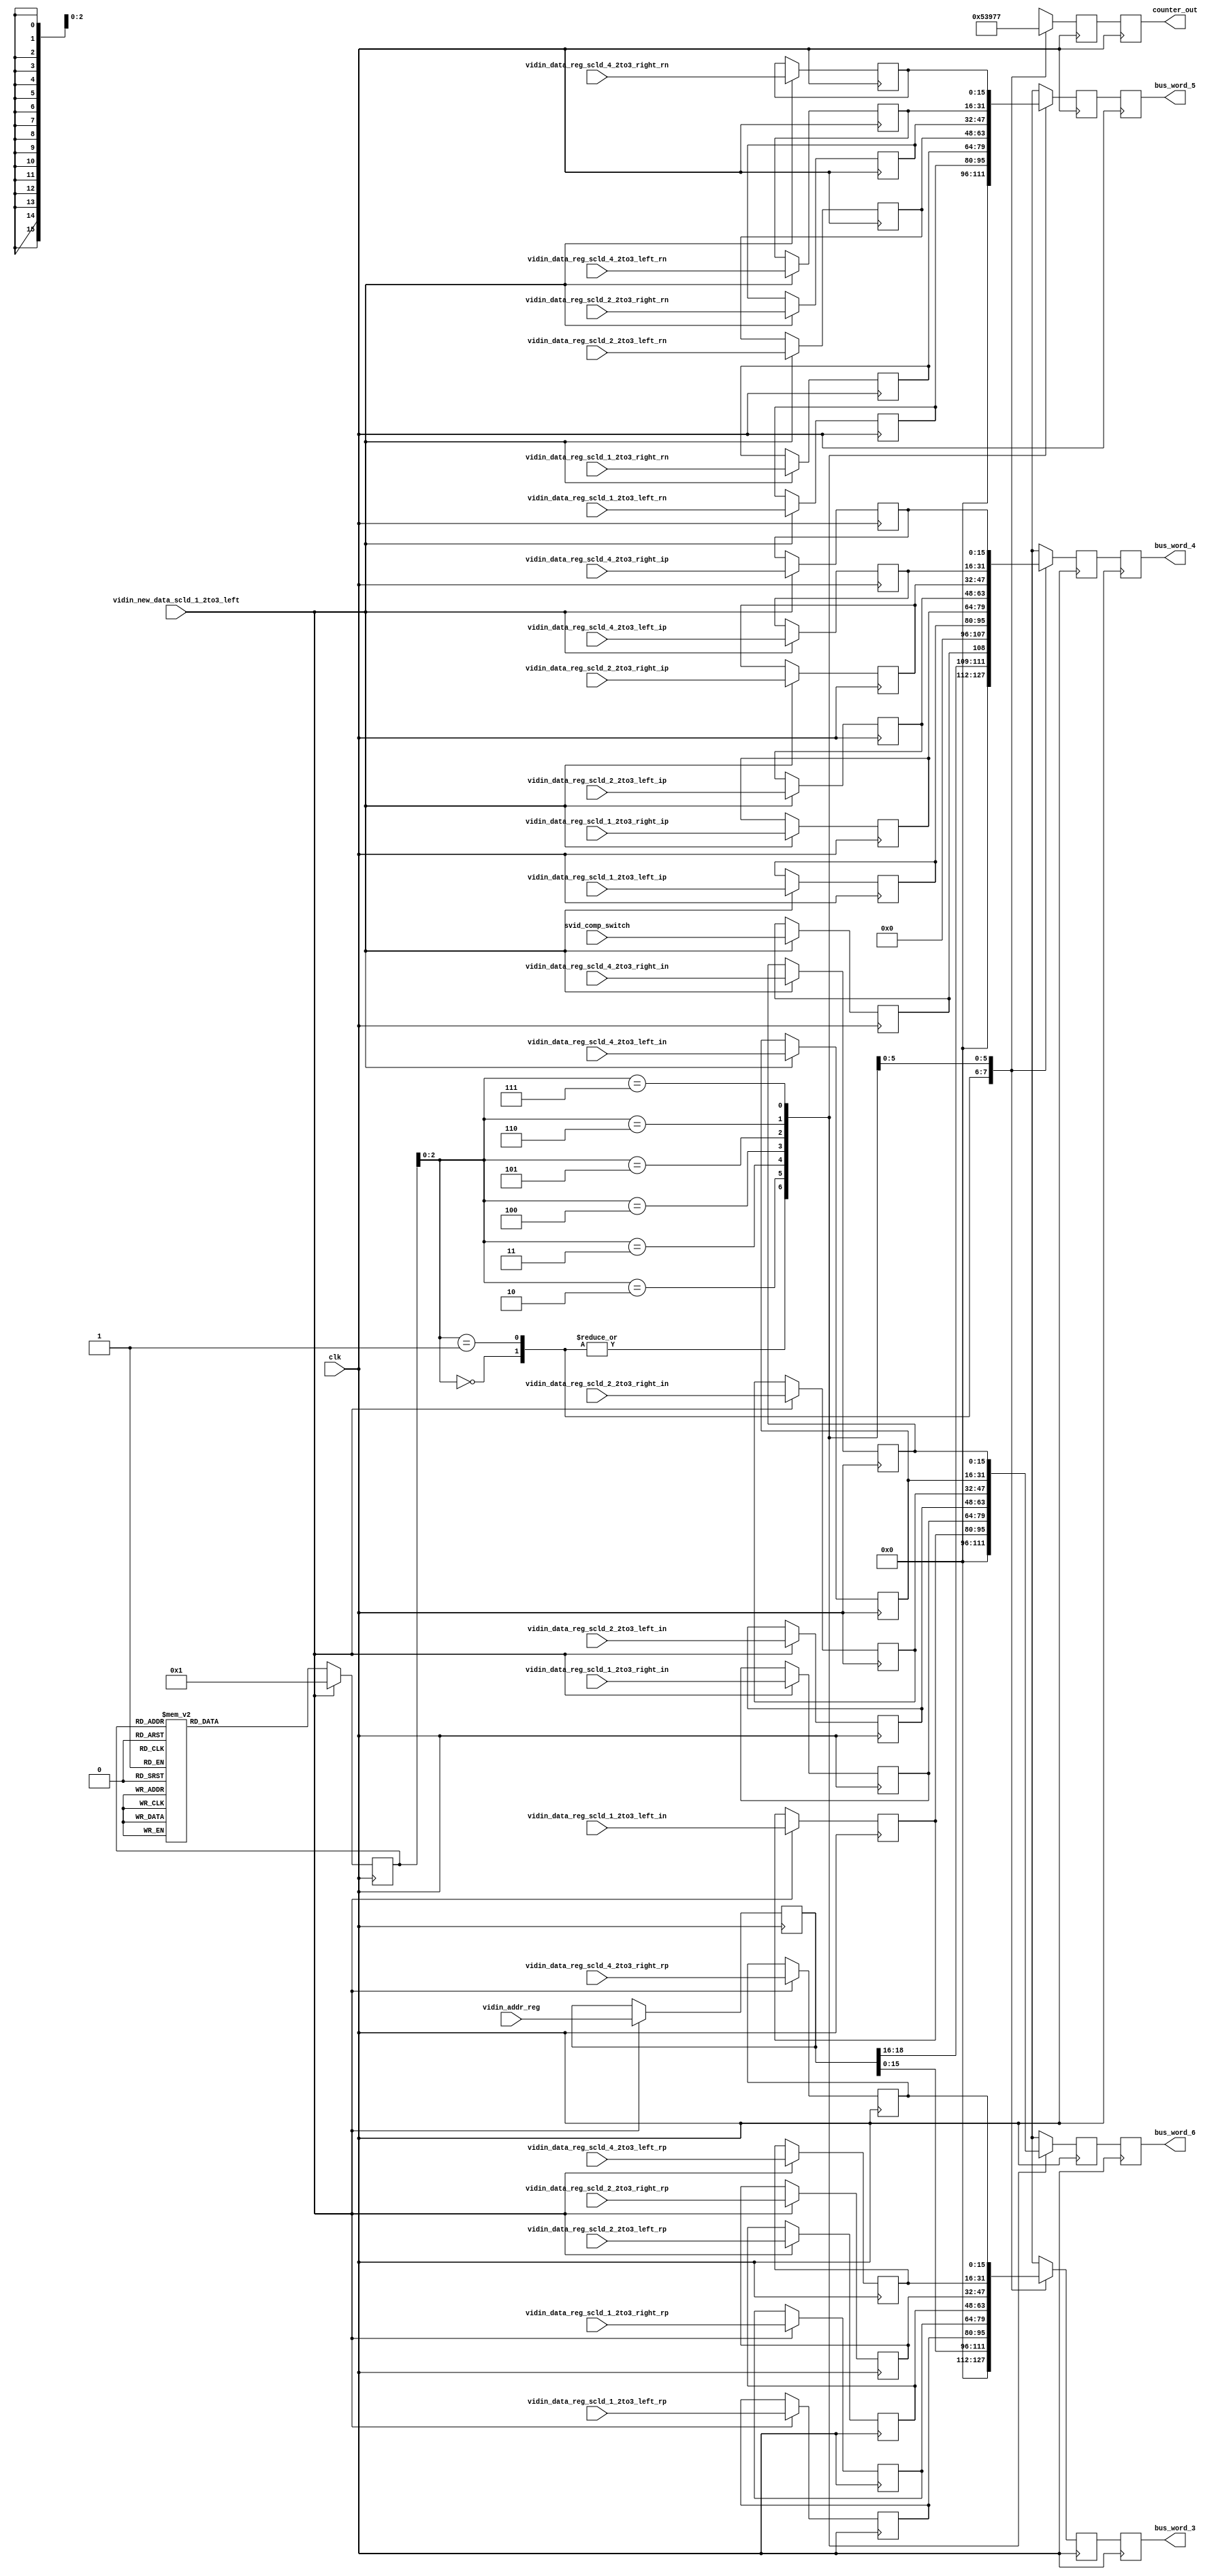
	`define WIDTH_4B 4'b1000
`define COEF0_b  29
	`define COEF1_b  101
//	`define COEF2_b  -15
//	`define COEF3_b  -235
//	`define COEF4_b  -15
	`define COEF2_b  15
	`define COEF3_b  235
	`define COEF4_b  15
	`define COEF5_b  101
	`define COEF6_b  29
	`define WIDTH_5B 5'b10000
	`define COEF0_c  4
	`define COEF1_c  42
	`define COEF2_c  163
	`define COEF3_c  255
	`define COEF4_c  163
	`define COEF5_c  42
	`define COEF6_c  4
//	`define COEF0_d  -12
//	`define COEF1_d  -77
//	`define COEF2_d  -148
	`define COEF0_d  12
	`define COEF1_d  77
	`define COEF2_d  148
	`define COEF3_d  0
	`define COEF4_d  148
	`define COEF5_d  77
	`define COEF6_d  12
	`define COEF0_1  15
//`define COEF0_1  -15
	`define COEF1_1  25
	`define COEF2_1  193
	`define COEF3_1  0
//	`define COEF4_1  -193
//	`define COEF5_1  -25
	`define COEF4_1  193
	`define COEF5_1  25
	`define COEF6_1  15
	`define COEF0_2  4
	`define COEF1_2  42
	`define COEF2_2  163
	`define COEF3_2  255
	`define COEF4_2  163
	`define COEF5_2  42
	`define COEF6_2  4
//	`define COEF0_3  -9
//	`define COEF1_3  -56
//	`define COEF2_3  -109
	`define COEF0_3  9
	`define COEF1_3  56
	`define COEF2_3  109
	`define COEF3_3  0
	`define COEF4_3  109
	`define COEF5_3  56
	`define COEF6_3  9
//	`define COEF0_4  -9
//	`define COEF1_4  -56
//	`define COEF2_4  -109
	`define COEF0_4  9
	`define COEF1_4  56
	`define COEF2_4  109
	`define COEF3_4  0
	`define COEF4_4  109
	`define COEF5_4  56
	`define COEF6_4  9

module port_bus_2to1 (clk, vidin_addr_reg, svid_comp_switch, vidin_new_data_scld_1_2to3_left, 
					vidin_data_reg_scld_1_2to3_left_rp, vidin_data_reg_scld_1_2to3_left_ip, 
					vidin_data_reg_scld_1_2to3_left_rn, vidin_data_reg_scld_1_2to3_left_in, 
					vidin_data_reg_scld_2_2to3_left_rp, vidin_data_reg_scld_2_2to3_left_ip, 
					vidin_data_reg_scld_2_2to3_left_rn, vidin_data_reg_scld_2_2to3_left_in, 
					vidin_data_reg_scld_4_2to3_left_rp, vidin_data_reg_scld_4_2to3_left_ip, 
					vidin_data_reg_scld_4_2to3_left_rn, vidin_data_reg_scld_4_2to3_left_in, 
					vidin_data_reg_scld_1_2to3_right_rp, vidin_data_reg_scld_1_2to3_right_ip, 
					vidin_data_reg_scld_1_2to3_right_rn, vidin_data_reg_scld_1_2to3_right_in, 
					vidin_data_reg_scld_2_2to3_right_rp, vidin_data_reg_scld_2_2to3_right_ip, 
					vidin_data_reg_scld_2_2to3_right_rn, vidin_data_reg_scld_2_2to3_right_in, 
					vidin_data_reg_scld_4_2to3_right_rp, vidin_data_reg_scld_4_2to3_right_ip, 
					vidin_data_reg_scld_4_2to3_right_rn, vidin_data_reg_scld_4_2to3_right_in, 
					bus_word_3, bus_word_4, bus_word_5, bus_word_6, counter_out); 
   input clk; 
   input[18:0] vidin_addr_reg; 
   input svid_comp_switch; 
   input vidin_new_data_scld_1_2to3_left; 
   input[15:0] vidin_data_reg_scld_1_2to3_left_rp; 
   input[15:0] vidin_data_reg_scld_1_2to3_left_ip; 
   input[15:0] vidin_data_reg_scld_1_2to3_left_rn; 
   input[15:0] vidin_data_reg_scld_1_2to3_left_in; 
   input[15:0] vidin_data_reg_scld_2_2to3_left_rp; 
   input[15:0] vidin_data_reg_scld_2_2to3_left_ip; 
   input[15:0] vidin_data_reg_scld_2_2to3_left_rn; 
   input[15:0] vidin_data_reg_scld_2_2to3_left_in; 
   input[15:0] vidin_data_reg_scld_4_2to3_left_rp; 
   input[15:0] vidin_data_reg_scld_4_2to3_left_ip; 
   input[15:0] vidin_data_reg_scld_4_2to3_left_rn; 
   input[15:0] vidin_data_reg_scld_4_2to3_left_in; 
   input[15:0] vidin_data_reg_scld_1_2to3_right_rp; 
   input[15:0] vidin_data_reg_scld_1_2to3_right_ip; 
   input[15:0] vidin_data_reg_scld_1_2to3_right_rn; 
   input[15:0] vidin_data_reg_scld_1_2to3_right_in; 
   input[15:0] vidin_data_reg_scld_2_2to3_right_rp; 
   input[15:0] vidin_data_reg_scld_2_2to3_right_ip; 
   input[15:0] vidin_data_reg_scld_2_2to3_right_rn; 
   input[15:0] vidin_data_reg_scld_2_2to3_right_in; 
   input[15:0] vidin_data_reg_scld_4_2to3_right_rp; 
   input[15:0] vidin_data_reg_scld_4_2to3_right_ip; 
   input[15:0] vidin_data_reg_scld_4_2to3_right_rn; 
   input[15:0] vidin_data_reg_scld_4_2to3_right_in; 
   output[15:0] bus_word_3; 
   reg[15:0] bus_word_3;
   output[15:0] bus_word_4; 
   reg[15:0] bus_word_4;
   output[15:0] bus_word_5; 
   reg[15:0] bus_word_5;
   output[15:0] bus_word_6; 
   reg[15:0] bus_word_6;
   output[2:0] counter_out; 
   reg[2:0] counter_out;

   reg[15:0] bus_word_3_tmp; 
   reg[15:0] bus_word_4_tmp; 
   reg[15:0] bus_word_5_tmp; 
   reg[15:0] bus_word_6_tmp; 
   reg[18:0] vidin_addr_reg_tmp; 
   reg svid_comp_switch_tmp; 
   wire vidin_new_data_scld_1_2to3_left_tmp; 
   wire vidin_new_data_scld_2_2to3_left_tmp; 
   wire vidin_new_data_scld_4_2to3_left_tmp; 
   wire vidin_new_data_scld_1_2to3_right_tmp; 
   wire vidin_new_data_scld_2_2to3_right_tmp; 
   wire vidin_new_data_scld_4_2to3_right_tmp; 
   reg[3:0] counter; 
   reg[2:0] counter_out_tmp; 

   reg[15:0] vidin_data_reg_scld_1_2to3_left_rp_tmp; 
   reg[15:0] vidin_data_reg_scld_2_2to3_left_rp_tmp; 
   reg[15:0] vidin_data_reg_scld_4_2to3_left_rp_tmp; 
   reg[15:0] vidin_data_reg_scld_1_2to3_right_rp_tmp; 
   reg[15:0] vidin_data_reg_scld_2_2to3_right_rp_tmp; 
   reg[15:0] vidin_data_reg_scld_4_2to3_right_rp_tmp; 
   reg[15:0] vidin_data_reg_scld_1_2to3_left_ip_tmp; 
   reg[15:0] vidin_data_reg_scld_2_2to3_left_ip_tmp; 
   reg[15:0] vidin_data_reg_scld_4_2to3_left_ip_tmp; 
   reg[15:0] vidin_data_reg_scld_1_2to3_right_ip_tmp; 
   reg[15:0] vidin_data_reg_scld_2_2to3_right_ip_tmp; 
   reg[15:0] vidin_data_reg_scld_4_2to3_right_ip_tmp; 
   reg[15:0] vidin_data_reg_scld_1_2to3_left_rn_tmp; 
   reg[15:0] vidin_data_reg_scld_2_2to3_left_rn_tmp; 
   reg[15:0] vidin_data_reg_scld_4_2to3_left_rn_tmp; 
   reg[15:0] vidin_data_reg_scld_1_2to3_right_rn_tmp; 
   reg[15:0] vidin_data_reg_scld_2_2to3_right_rn_tmp; 
   reg[15:0] vidin_data_reg_scld_4_2to3_right_rn_tmp; 
   reg[15:0] vidin_data_reg_scld_1_2to3_left_in_tmp; 
   reg[15:0] vidin_data_reg_scld_2_2to3_left_in_tmp; 
   reg[15:0] vidin_data_reg_scld_4_2to3_left_in_tmp; 
   reg[15:0] vidin_data_reg_scld_1_2to3_right_in_tmp; 
   reg[15:0] vidin_data_reg_scld_2_2to3_right_in_tmp; 
   reg[15:0] vidin_data_reg_scld_4_2to3_right_in_tmp; 

   always @(posedge clk)
   begin
         if (vidin_new_data_scld_1_2to3_left == 1'b1)
         begin
            counter <= 4'b0001 ; 
         end
         else
         begin
            case (counter)
               4'b0000 :
                        begin
                           counter <= 4'b1000 ; 
                        end
               4'b0001 :
                        begin
                           counter <= 4'b0010 ; 
                        end
               4'b0010 :
                        begin
                           counter <= 4'b0011 ; 
                        end
               4'b0011 :
                        begin
                           counter <= 4'b0100 ; 
                        end
               4'b0100 :
                        begin
                           counter <= 4'b0101 ; 
                        end
               4'b0101 :
                        begin
                           counter <= 4'b0110 ; 
                        end
               4'b0110 :
                        begin
                           counter <= 4'b0111 ; 
                        end
               4'b0111 :
                        begin
                           counter <= 4'b1000 ; 
                        end
               4'b1000 :
                        begin
                           counter <= 4'b1000 ; 
                        end
               default :
                        begin
                           counter <= 4'b1000 ; 
                        end
            endcase 
         end 
   end 

   always @(posedge clk)
   begin
         case (counter[2:0])
            3'b000 :
                     begin
                        counter_out_tmp <= 3'b000 ; 
                        bus_word_3_tmp <= 16'b0000000000000000 ; 
                        bus_word_4_tmp <= 16'b0000000000000000 ; 
                        bus_word_5_tmp <= 16'b0000000000000000 ; 
                        bus_word_6_tmp <= 16'b0000000000000000 ; 
                     end
            3'b001 :
                     begin
                        counter_out_tmp <= 3'b001 ; 
                        bus_word_3_tmp <= vidin_addr_reg_tmp[15:0] ; 
                        bus_word_4_tmp <= {vidin_addr_reg_tmp[18:16], svid_comp_switch_tmp, 12'b000000000000} ; 
                        bus_word_5_tmp <= 16'b0000000000000000 ; 
                        bus_word_6_tmp <= 16'b0000000000000000 ; 
                     end
            3'b010 :
                     begin
                        counter_out_tmp <= 3'b010 ; 
                        bus_word_3_tmp <= vidin_data_reg_scld_1_2to3_left_rp_tmp ; 
                        bus_word_4_tmp <= vidin_data_reg_scld_1_2to3_left_ip_tmp ; 
                        bus_word_5_tmp <= vidin_data_reg_scld_1_2to3_left_rn_tmp ; 
                        bus_word_6_tmp <= vidin_data_reg_scld_1_2to3_left_in_tmp ; 
                     end
            3'b011 :
                     begin
                        counter_out_tmp <= 3'b011 ; 
                        bus_word_3_tmp <= vidin_data_reg_scld_1_2to3_right_rp_tmp ; 
                        bus_word_4_tmp <= vidin_data_reg_scld_1_2to3_right_ip_tmp ; 
                        bus_word_5_tmp <= vidin_data_reg_scld_1_2to3_right_rn_tmp ; 
                        bus_word_6_tmp <= vidin_data_reg_scld_1_2to3_right_in_tmp ; 
                     end
            3'b100 :
                     begin
                        counter_out_tmp <= 3'b100 ; 
                        bus_word_3_tmp <= vidin_data_reg_scld_2_2to3_left_rp_tmp ; 
                        bus_word_4_tmp <= vidin_data_reg_scld_2_2to3_left_ip_tmp ; 
                        bus_word_5_tmp <= vidin_data_reg_scld_2_2to3_left_rn_tmp ; 
                        bus_word_6_tmp <= vidin_data_reg_scld_2_2to3_left_in_tmp ; 
                     end
            3'b101 :
                     begin
                        counter_out_tmp <= 3'b101 ; 
                        bus_word_3_tmp <= vidin_data_reg_scld_2_2to3_right_rp_tmp ; 
                        bus_word_4_tmp <= vidin_data_reg_scld_2_2to3_right_ip_tmp ; 
                        bus_word_5_tmp <= vidin_data_reg_scld_2_2to3_right_rn_tmp ; 
                        bus_word_6_tmp <= vidin_data_reg_scld_2_2to3_right_in_tmp ; 
                     end

            3'b110 :
                     begin
                        counter_out_tmp <= 3'b110 ; 
                        bus_word_3_tmp <= vidin_data_reg_scld_4_2to3_left_rp_tmp ; 
                        bus_word_4_tmp <= vidin_data_reg_scld_4_2to3_left_ip_tmp ; 
                        bus_word_5_tmp <= vidin_data_reg_scld_4_2to3_left_rn_tmp ; 
                        bus_word_6_tmp <= vidin_data_reg_scld_4_2to3_left_in_tmp ; 
                     end
            3'b111 :
                     begin
                        counter_out_tmp <= 3'b111 ; 
                        bus_word_3_tmp <= vidin_data_reg_scld_4_2to3_right_rp_tmp ; 
                        bus_word_4_tmp <= vidin_data_reg_scld_4_2to3_right_ip_tmp ; 
                        bus_word_5_tmp <= vidin_data_reg_scld_4_2to3_right_rn_tmp ; 
                        bus_word_6_tmp <= vidin_data_reg_scld_4_2to3_right_in_tmp ; 
                     end
         endcase 
   end 

   always @(posedge clk)
   begin
         counter_out <= counter_out_tmp ; 
         bus_word_3 <= bus_word_3_tmp ; 
         bus_word_4 <= bus_word_4_tmp ; 
         bus_word_5 <= bus_word_5_tmp ; 
         bus_word_6 <= bus_word_6_tmp ; 
         if (vidin_new_data_scld_1_2to3_left == 1'b1)
         begin
            vidin_addr_reg_tmp <= vidin_addr_reg ; 
            svid_comp_switch_tmp <= svid_comp_switch ; 
            vidin_data_reg_scld_1_2to3_left_rp_tmp <= vidin_data_reg_scld_1_2to3_left_rp ; 
            vidin_data_reg_scld_2_2to3_left_rp_tmp <= vidin_data_reg_scld_2_2to3_left_rp ; 
            vidin_data_reg_scld_4_2to3_left_rp_tmp <= vidin_data_reg_scld_4_2to3_left_rp ; 
            vidin_data_reg_scld_1_2to3_right_rp_tmp <= vidin_data_reg_scld_1_2to3_right_rp ; 
            vidin_data_reg_scld_2_2to3_right_rp_tmp <= vidin_data_reg_scld_2_2to3_right_rp ; 
            vidin_data_reg_scld_4_2to3_right_rp_tmp <= vidin_data_reg_scld_4_2to3_right_rp ; 
            vidin_data_reg_scld_1_2to3_left_ip_tmp <= vidin_data_reg_scld_1_2to3_left_ip ; 
            vidin_data_reg_scld_2_2to3_left_ip_tmp <= vidin_data_reg_scld_2_2to3_left_ip ; 
            vidin_data_reg_scld_4_2to3_left_ip_tmp <= vidin_data_reg_scld_4_2to3_left_ip ; 
            vidin_data_reg_scld_1_2to3_right_ip_tmp <= vidin_data_reg_scld_1_2to3_right_ip ; 
            vidin_data_reg_scld_2_2to3_right_ip_tmp <= vidin_data_reg_scld_2_2to3_right_ip ; 
            vidin_data_reg_scld_4_2to3_right_ip_tmp <= vidin_data_reg_scld_4_2to3_right_ip ; 
            vidin_data_reg_scld_1_2to3_left_rn_tmp <= vidin_data_reg_scld_1_2to3_left_rn ; 
            vidin_data_reg_scld_2_2to3_left_rn_tmp <= vidin_data_reg_scld_2_2to3_left_rn ; 
            vidin_data_reg_scld_4_2to3_left_rn_tmp <= vidin_data_reg_scld_4_2to3_left_rn ; 
            vidin_data_reg_scld_1_2to3_right_rn_tmp <= vidin_data_reg_scld_1_2to3_right_rn ; 
            vidin_data_reg_scld_2_2to3_right_rn_tmp <= vidin_data_reg_scld_2_2to3_right_rn ; 
            vidin_data_reg_scld_4_2to3_right_rn_tmp <= vidin_data_reg_scld_4_2to3_right_rn ; 
            vidin_data_reg_scld_1_2to3_left_in_tmp <= vidin_data_reg_scld_1_2to3_left_in ; 
            vidin_data_reg_scld_2_2to3_left_in_tmp <= vidin_data_reg_scld_2_2to3_left_in ; 
            vidin_data_reg_scld_4_2to3_left_in_tmp <= vidin_data_reg_scld_4_2to3_left_in ; 
            vidin_data_reg_scld_1_2to3_right_in_tmp <= vidin_data_reg_scld_1_2to3_right_in ; 
            vidin_data_reg_scld_2_2to3_right_in_tmp <= vidin_data_reg_scld_2_2to3_right_in ; 
            vidin_data_reg_scld_4_2to3_right_in_tmp <= vidin_data_reg_scld_4_2to3_right_in ; 
         end 
   end 
endmodule